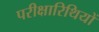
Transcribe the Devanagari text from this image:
परीक्षारिथियों